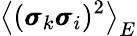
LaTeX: \left\langle(\pmb{\sigma}_{k}\pmb{\sigma}_{i})^{2}\right\rangle_{E}